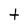
Character: t